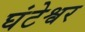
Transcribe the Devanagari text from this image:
घंटेश्वर